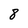
Character: 8